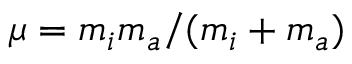
\mu = m _ { i } m _ { a } / ( m _ { i } + m _ { a } )